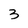
Character: 3